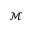
\mathcal { M }